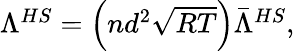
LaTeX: \begin{array}{r}{\Lambda^{HS}=\left(nd^{2}\sqrt{RT}\right)\bar{\Lambda}^{HS},}\end{array}